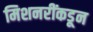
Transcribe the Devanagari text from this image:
मिशनरींकडून